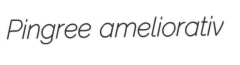
Pingree ameliorativ